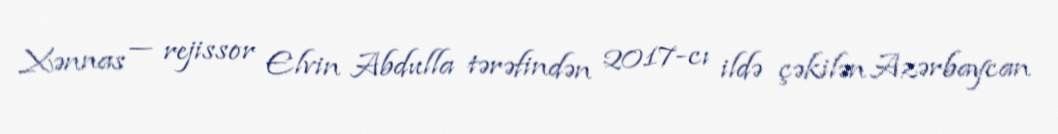
Xənnas — rejissor Elvin Abdulla tərəfindən 2017-cı ildə çəkilən Azərbaycan